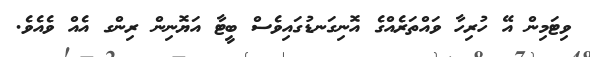
ވިޓަމިން އޭ ހުރިހާ ވައްތަރެއްގެ އޮނިގަނޑުގައިވެސް ބީޓާ އަޔޮނިން ރިންގ އެއް ވެއެވެ.